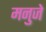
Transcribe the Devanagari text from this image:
मनुजे